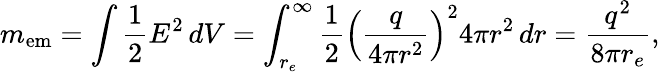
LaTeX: m_{\mathrm{em}}=\int{\frac{1}{2}}E^{2}\, dV=\int_{r_{e}}^{\infty}{\frac{1}{2}}\left({\frac{q}{4\pi r^{2}}}\right)^{2}4\pi r^{2}\, dr={\frac{q^{2}}{8\pi r_{e}}},